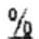
%